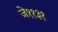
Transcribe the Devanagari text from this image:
जे११३१